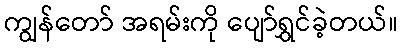
ကျွန်တော် အရမ်းကို ပျော်ရွှင်ခဲ့တယ်။